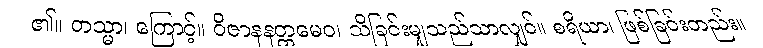
၏။ တသ္မာ၊ ကြောင့်။ ဝိဇာနနတ္ထမေဝ၊ သိခြင်းမျှသည်သာလျှင်။ စရိယာ၊ ဖြစ်ခြင်းတည်း။